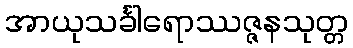
အာယုသင်္ခါရောဿဇ္ဇနသုတ္တ